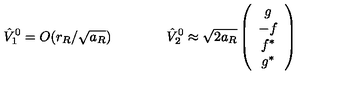
\hat { V } _ { 1 } ^ { 0 } = O ( r _ { R } / \sqrt { a _ { R } } ) \qquad \qquad \hat { V } _ { 2 } ^ { 0 } \approx \sqrt { 2 a _ { R } } \left( \begin{array} { c } { g } \\ { - f } \\ { f ^ { * } } \\ { g ^ { * } } \\ \end{array} \right)